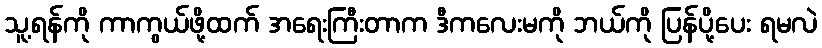
သူ့ရန်ကို ကာကွယ်ဖို့ထက် အရေးကြီးတာက ဒီကလေးမကို ဘယ်ကို ပြန်ပို့ပေး ရမလဲ